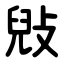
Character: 㪒